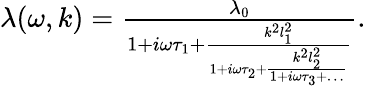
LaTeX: \begin{array}{r}{\lambda(\omega,k)=\frac{\lambda_{0}}{1+i\omega\tau_{1}+\frac{k^{2}l_{1}^{2}}{1+i\omega\tau_{2}+\frac{k^{2}l_{2}^{2}}{1+i\omega\tau_{3}+\dots}}}.}\end{array}